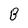
Character: B